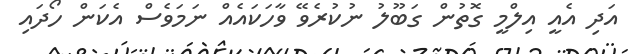
އަދި އެއީ އިލްމީ ގޮތުން ގަބޫލު ނުކުރެވޭ ވާހަކައެއް ނަމަވެސް އެކަން ހޯދައި